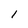
Character: i